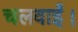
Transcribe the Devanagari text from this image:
चलवाईं।